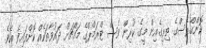
ކޮންގްރެސްގެ ތިރީގެއިން މީގެ ކުރިން ވެސް ޓްރަމްޕްގެ މައްޗަށް ދައުވާތަކެއް ކޮށްފައިވެ އެވެ.